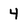
Character: 4